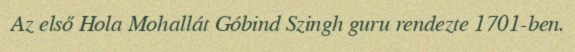
Az első Hola Mohallát Góbind Szingh guru rendezte 1701-ben.